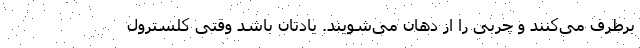
برطرف می‌کنند و چربی را از دهان می‌شویند. یادتان باشد وقتی کلسترول